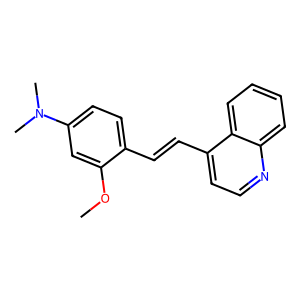
SMILES: COc1cc(N(C)C)ccc1C=Cc1ccnc2ccccc12
Inhibits HIV replication: No